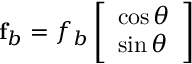
\mathbf { f } _ { b } = f _ { b } \left[ \begin{array} { l } { \cos \theta } \\ { \sin \theta } \end{array} \right]